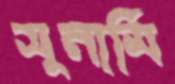
সুনামি